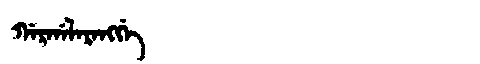
Manchu: ᡤᠠᡵᡤᠠᠯᠠᡵᠠᠩᡤᡝ
Romanization: GARGALARANGGE